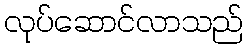
လုပ်ဆောင်လာသည်